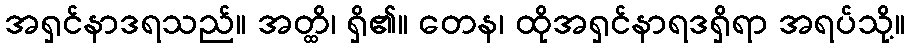
အရှင်နာဒရသည်။ အတ္ထိ၊ ရှိ၏။ တေန၊ ထိုအရှင်နာရဒရှိရာ အရပ်သို့။